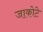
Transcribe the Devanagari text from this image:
जाकोटे